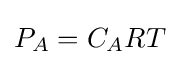
P_{A}=C_{A}RT